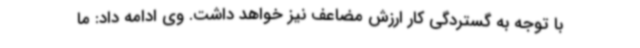
با توجه به گستردگی کار ارزش مضاعف نیز خواهد داشت. وی ادامه داد: ما